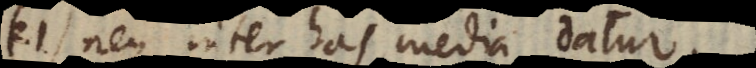
21) neque inter has media datur.